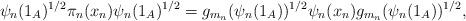
LaTeX: \begin{align*}\psi_n(1_A)^{1/2}\pi_n(x_n)\psi_n(1_A)^{1/2}=g_{m_n}(\psi_{n}(1_A))^{1/2}\psi_n(x_n)g_{m_n}(\psi_{n}(1_A))^{1/2},\end{align*}